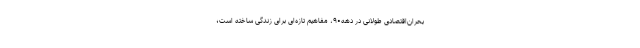
بحران‌اقتصادی طولانی در دهه۹۰، مفاهیم تازه‌ای برای زندگی ساخته است؛